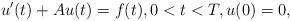
LaTeX: \begin{align*}u' (t) + Au(t)=f(t), 0<t<T,u(0)=0,\end{align*}